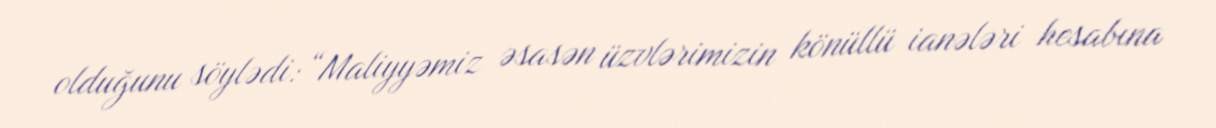
olduğunu söylədi: “Maliyyəmiz əsasən üzvlərimizin könüllü ianələri hesabına